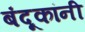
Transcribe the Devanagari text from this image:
बंदूकांनी